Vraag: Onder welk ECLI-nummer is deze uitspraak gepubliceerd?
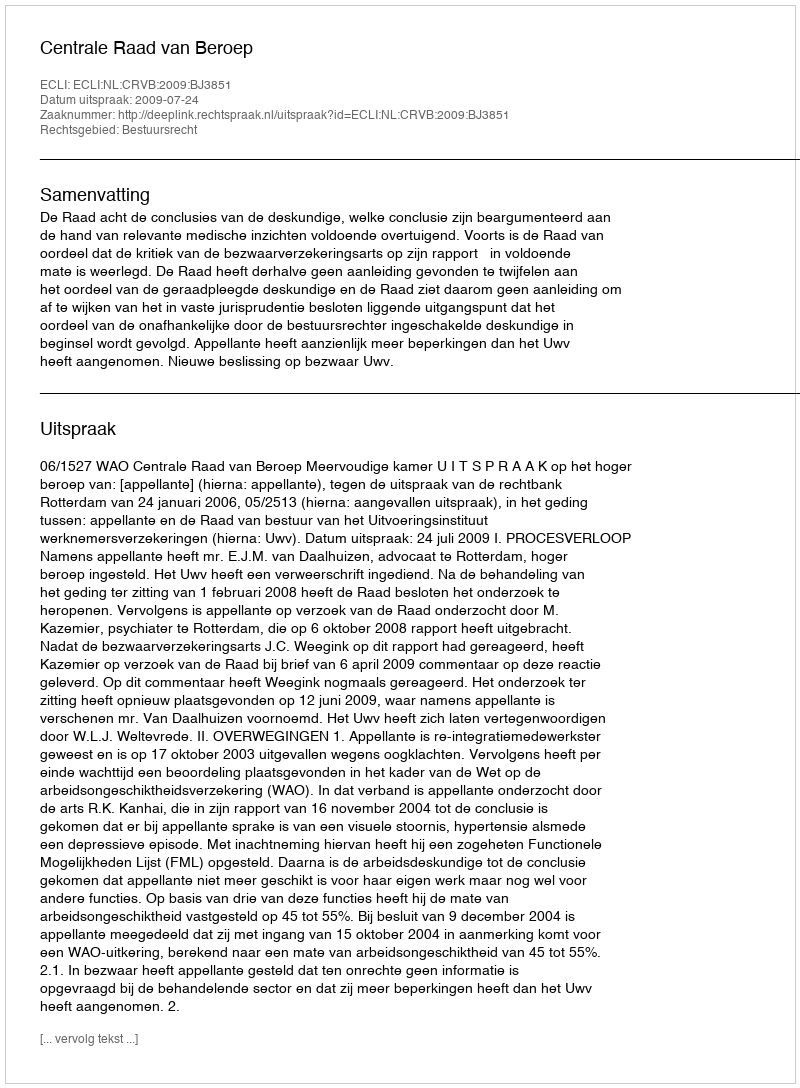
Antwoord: ECLI:NL:CRVB:2009:BJ3851